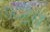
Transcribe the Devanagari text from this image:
फटेंगे